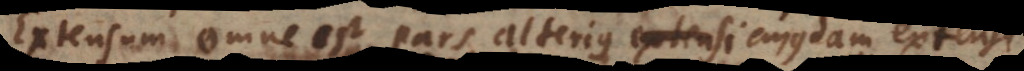
Extensum omne est pars alterius cujusdam extens